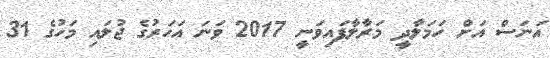
އަނަސް އަށް ހަމަލާދީ މަރާލާފައިވަނީ 2017 ވަނަ އަހަރުގެ ޖުލައި މަހުގެ 31